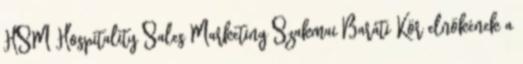
HSM Hospitality Sales Marketing Szakmai Baráti Kör elnökének a